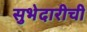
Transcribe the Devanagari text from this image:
सुभेदारीची